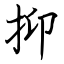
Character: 抑